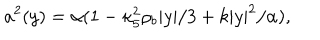
a ^ { 2 } ( y ) = \alpha ( 1 - \kappa _ { 5 } ^ { 2 } \rho _ { b } | y | / 3 + k | y | ^ { 2 } / \alpha ) ,